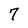
Character: 7